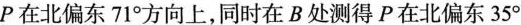
P在北偏东71°方向上，同时在B处测得P在北偏东35°